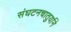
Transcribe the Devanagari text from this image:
संघटनचातुर्याने